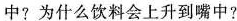
中?为什么饮料会上升到嘴中?